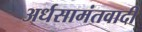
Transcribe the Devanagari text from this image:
अर्धसामंतवादी